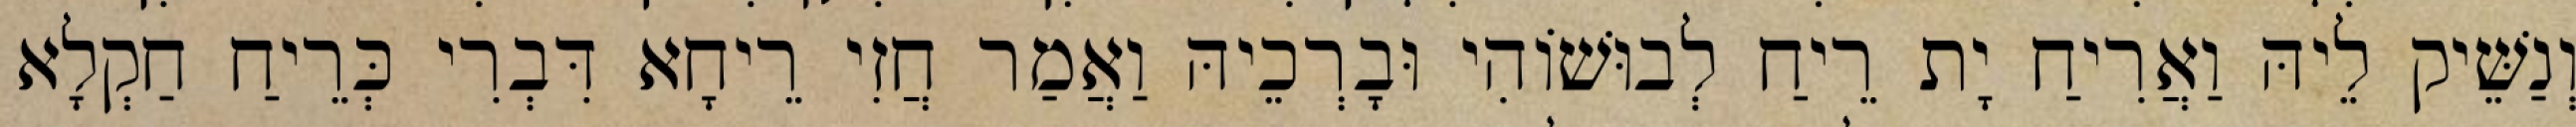
וְנַשֵּׁיק לֵיהּ וַאֲרִיחַ יָת רֵיחַ לְבוּשׁוֹהִי וּבָרְכֵיהּ וַאֲמַר חֲזִי רֵיחָא דִּבְרִי כְּרֵיחַ חַקְלָא